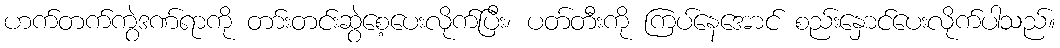
ဟက်တက်ကွဲဒဏ်ရာကို တာ်းတင်းဆွဲစေ့ပေးလိုက်ပြီး၊ ပတ်တီးကို ကြပ်နေအောင် စည်းနှောင်ပေးလိုက်ပါသည်။